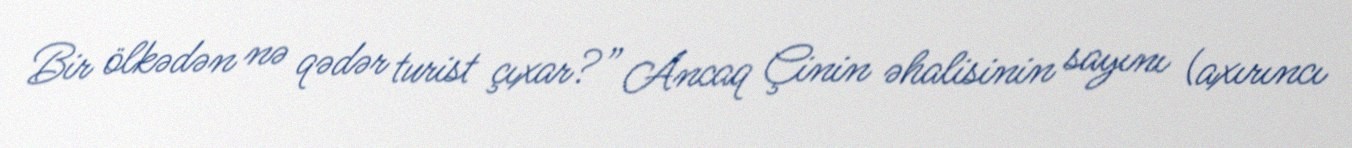
Bir ölkədən nə qədər turist çıxar?” Ancaq Çinin əhalisinin sayını (axırıncı